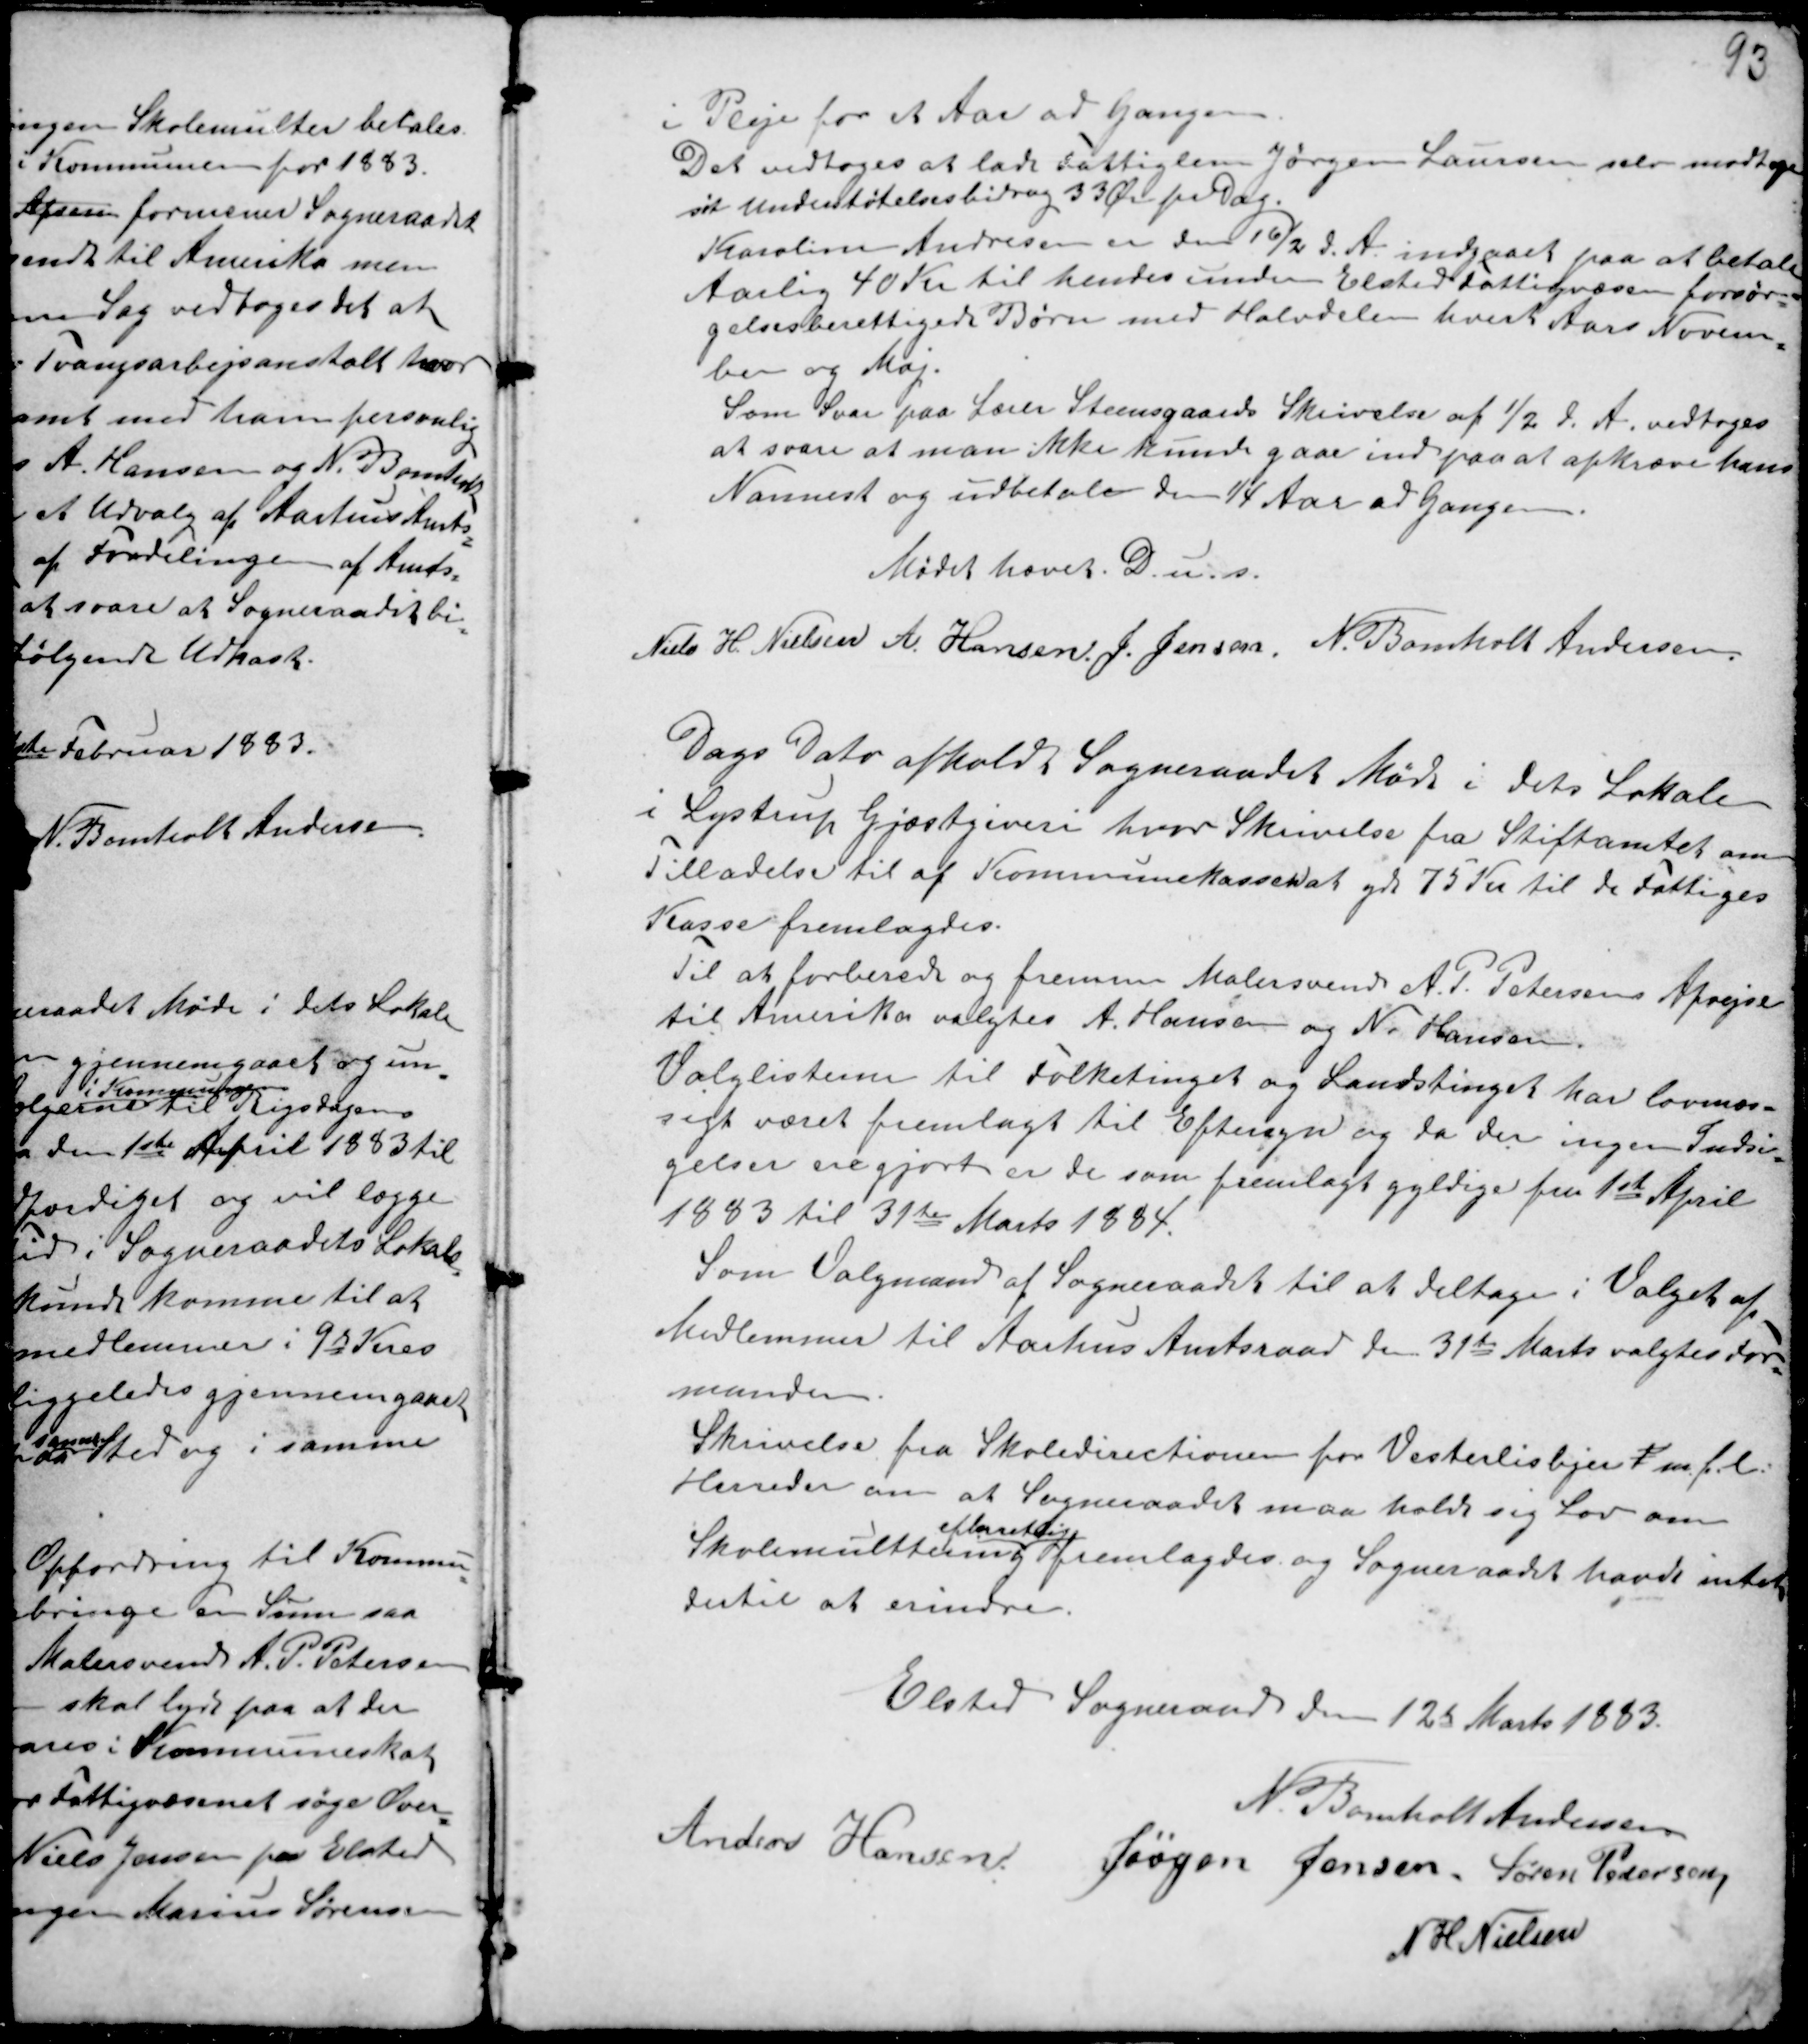
Transskription:
i Pleje for et Aar ad Gangen.
Det vedtoges at lade Fattiglem Jørgen Laursen selv modtage
sit Understøtelsesbidrag 33 Ør pr Dag.
Karoline Andresen er den 16/2 d. A. indgaaet paa at betale
Aarlig 40 Kr til hendes under Elsted Fattigvæsen forsør-
gelsesberettigede Børn med Halvdelen hvert Aars Novem-
ber og Maj.
Som Svar paa Lærer Steensgaards Skrivelse af 1/2 d. A. vedtoges
at svare at man ikke kunde gaa ind paa at opkræve hans
Nannest og udbetale den 1/4 Aar ad Gangen.
Mødet hævet D.u.s.
Niels H. Nielsen A. Hansen. J. Jensen. N. Bomholt Andersen.

Dags Dato afholdt Sogneraadet Møde i dets Lokale
i Lystrup Gjæstgiveri hvor Skrivelse fra Stiftamtet om
Tilladelse til af Kommunekassen at yde 75 Kr til de Fattiges
Kasse fremlagdes.
Til at forberede og fremme A. P. Petersens Afrejse
til Amerika valgtes A. Hansen og N. Hansen.
Valglisterne til Folketinget og Landstinget har lovmæs-
sigt været fremlagt til Eftersyn og da der ingen Indsi-
gelser ere gjorte er de som fremlagt gyldige fra 1ste April
1883 til 31te Marts 1884.
Som Valgmand af Sogneraadet til at deltage i Valget af
Medlemmer til Aarhus Amtsraad den 31te Marts valgtes For-
manden.
Skrivelse fra Skoledirectionen for Vesterlisbjer t m.f.l.
Herreder om at Sogneraadet maa holde sig Lov om
Skolemulttering
efterretlig
fremlagdes og Sogneraadet havde intet
dertil at erindre.

Elsted Sogneraad den 12te Marts 1883.
N. Bomholt Andersen
Anders Hansen Jørgen Jensen Søren Pedersen
N H Nielsen